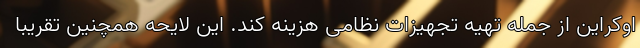
اوکراین از جمله تهیه تجهیزات نظامی هزینه کند. این لایحه همچنین تقریباً